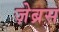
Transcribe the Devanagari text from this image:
ज़ेब्रस